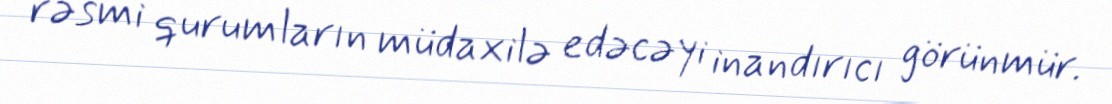
rəsmi qurumların müdaxilə edəcəyi inandırıcı görünmür.